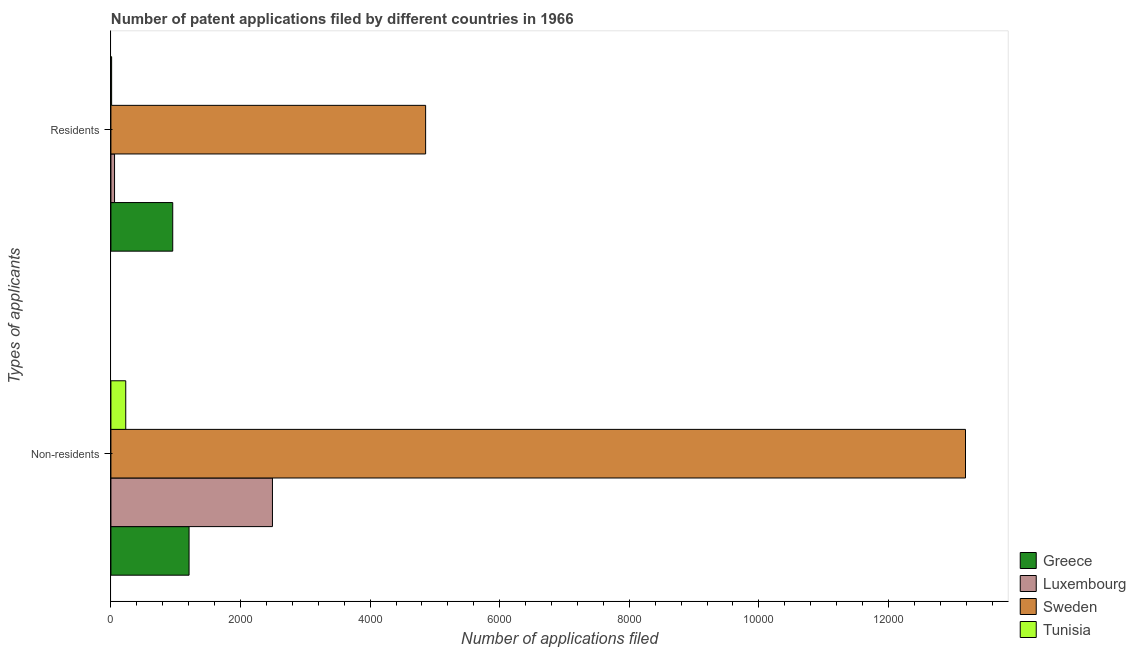
| Types of applicants | Greece | Luxembourg | Sweden | Tunisia |
 | --- | --- | --- | --- | --- |
 | Non-residents | 1.21e+03 | 2.49e+03 | 1.32e+04 | 229 |
 | Residents | 954 | 56 | 4.86e+03 | 11 |